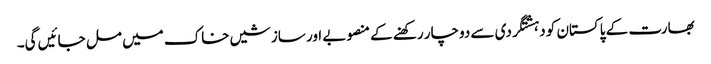
بھارت کے پاکستان کو دہشتگردی سے دوچار رکھنے کے منصوبے اور سازشیں خاک میں مل جائیں گی۔